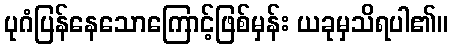
ပုဂံပြန်နေသောကြောင့်ဖြစ်မှန်း ယခုမှသိရပါ၏။